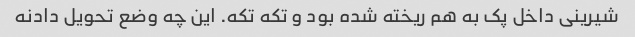
شیرینی داخل پک به هم ریخته شده بود و تکه تکه. این چه وضع تحویل دادنه